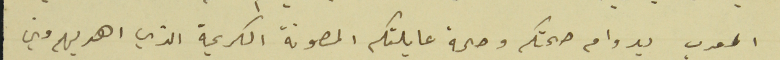
المعرب بدوام صحتكم وصحة عايلتكم المصونة الكريمة الذي اهديهم مني